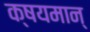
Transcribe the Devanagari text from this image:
क्षयमान्